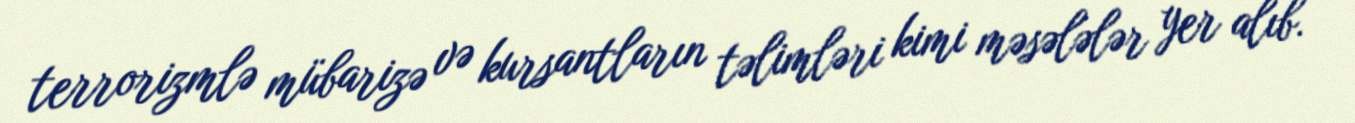
terrorizmlə mübarizə və kursantların təlimləri kimi məsələlər yer alıb.